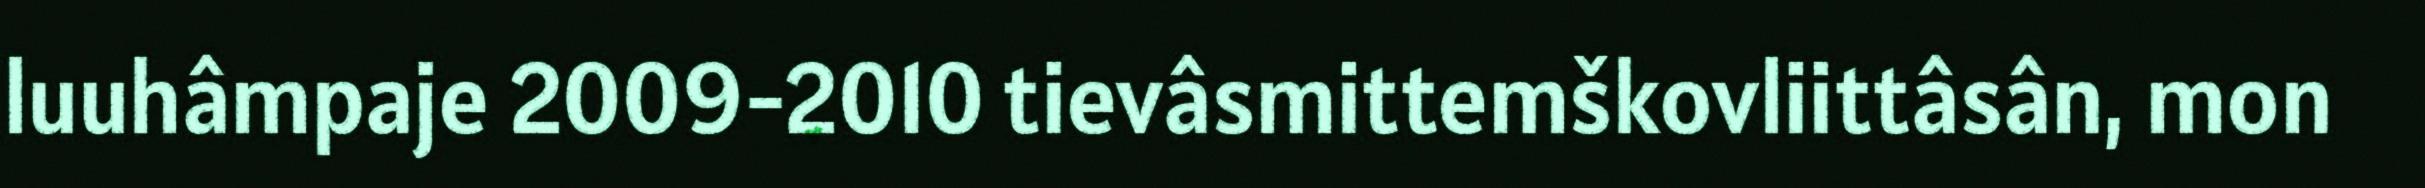
luuhâmpaje 2009-2010 tievâsmittemškovliittâsân, mon